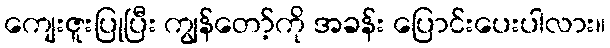
ကျေးဇူးပြုပြီး ကျွန်တော့်ကို အခန်း ပြောင်းပေးပါလား။